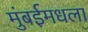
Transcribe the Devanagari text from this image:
मुंबईमधला